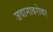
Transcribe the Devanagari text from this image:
जवानाबरोबर